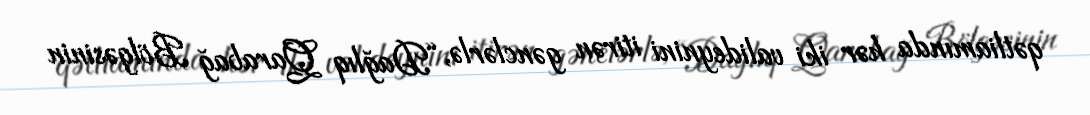
qətliamında hər iki valideynini itirən gənclərlə, “Dağlıq Qarabağ Bölgəsinin